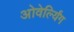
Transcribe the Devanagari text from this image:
ओवेर्ल्यिंग